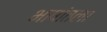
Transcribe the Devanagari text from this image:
भाषांतला